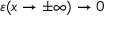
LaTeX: \varepsilon ( x \rightarrow \pm \infty ) \rightarrow 0